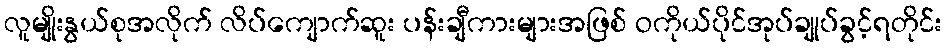
လူမျိုးနွယ်စုအလိုက် လိပ်ကျောက်ဆူး ပန်းချီကားများအဖြစ် ဝကိုယ်ပိုင်အုပ်ချုပ်ခွင့်ရတိုင်း